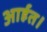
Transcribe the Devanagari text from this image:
आर्हत।